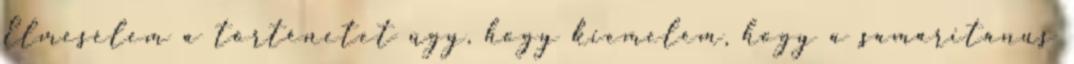
Elmesélem a történetet úgy, hogy kiemelem, hogy a samaritánus